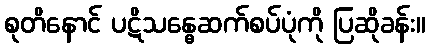
စုတိနောင် ပဋိသန္ဓေဆက်စပ်ပုံကို ပြဆိုခန်း။